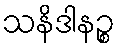
သနိဒါနဉ္စ